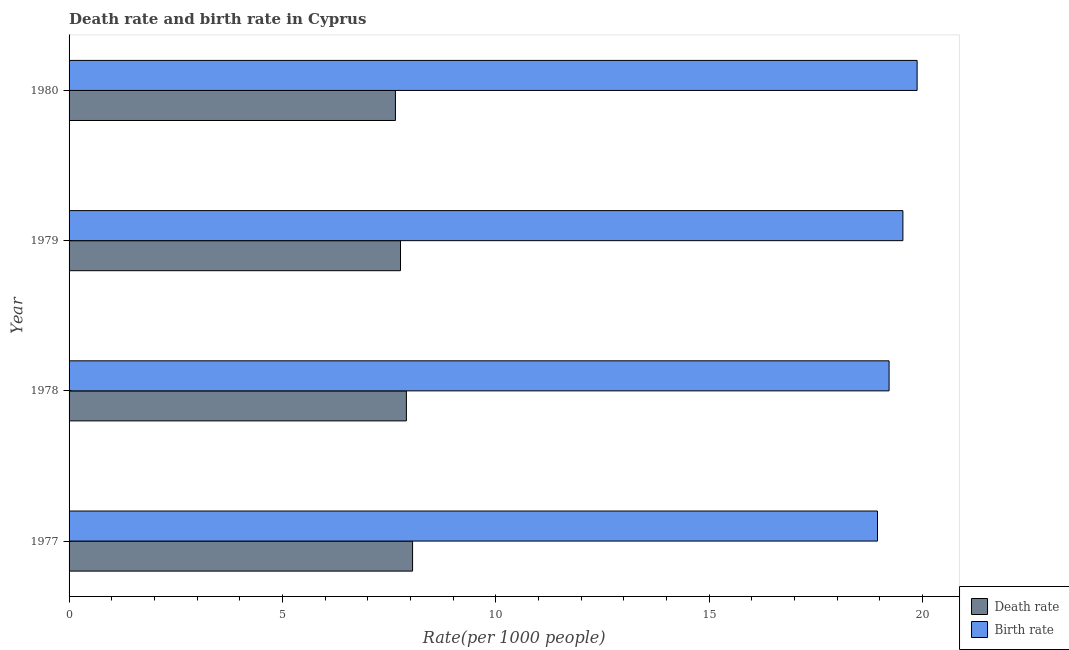
| Year | Death rate | Birth rate |
 | --- | --- | --- |
 | 1977 | 8.05 | 18.9 |
 | 1978 | 7.91 | 19.2 |
 | 1979 | 7.77 | 19.5 |
 | 1980 | 7.65 | 19.9 |